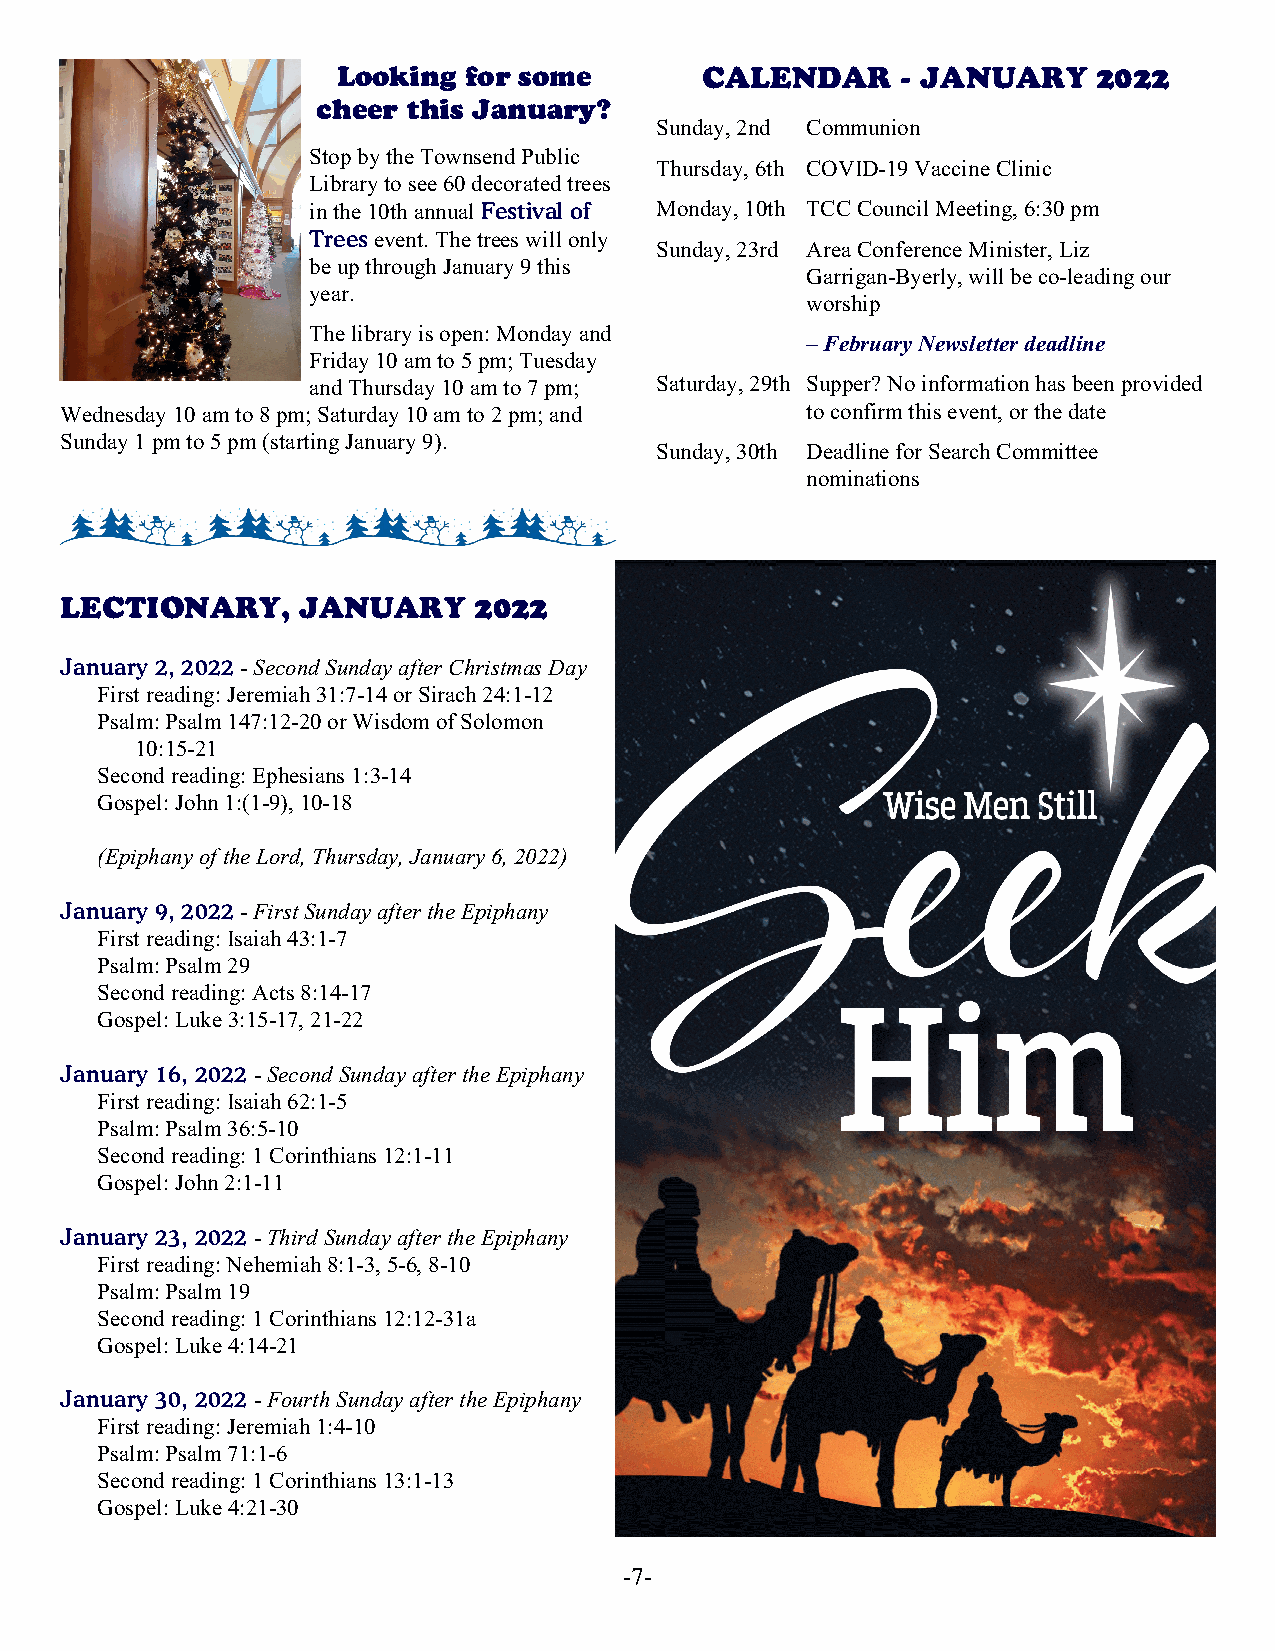
Looking  for some       CALENDAR      - JANUARY    2022
 cheer this January?
 Sunday, 2nd Communion
 Stop by the Townsend Public
 Thursday, 6th COVID-19 Vaccine Clinic
 Library to see 60 decorated trees
 in the 10th annual Festival of Monday, 10th TCC Council Meeting, 6:30 pm
 Trees event. The trees will only
 Sunday, 23rd Area Conference Minister, Liz
 be up through January 9 this
 Garrigan-Byerly, will be co-leading our
 year.
 worship
 The library is open: Monday and
 – February Newsletter deadline
 Friday 10 am to 5 pm; Tuesday
 and Thursday 10 am to 7 pm; Saturday, 29th Supper? No information has been provided
 Wednesday 10 am to 8 pm; Saturday 10 am to 2 pm; and to confirm this event, or the date
 Sunday 1 pm to 5 pm (starting January 9).
 Sunday, 30th Deadline for Search Committee
 nominations
 LECTIONARY,     JANUARY    2022
 January 2, 2022 - Second Sunday after Christmas Day
 First reading: Jeremiah 31:7-14 or Sirach 24:1-12
 Psalm: Psalm 147:12-20 or Wisdom of Solomon
 10:15-21
 Second reading: Ephesians 1:3-14
 Gospel: John 1:(1-9), 10-18
 (Epiphany of the Lord, Thursday, January 6, 2022)
 January 9, 2022 - First Sunday after the Epiphany
 First reading: Isaiah 43:1-7
 Psalm: Psalm 29
 Second reading: Acts 8:14-17
 Gospel: Luke 3:15-17, 21-22
 January 16, 2022 - Second Sunday after the Epiphany
 First reading: Isaiah 62:1-5
 Psalm: Psalm 36:5-10
 Second reading: 1 Corinthians 12:1-11
 Gospel: John 2:1-11
 January 23, 2022 - Third Sunday after the Epiphany
 First reading: Nehemiah 8:1-3, 5-6, 8-10
 Psalm: Psalm 19
 Second reading: 1 Corinthians 12:12-31a
 Gospel: Luke 4:14-21
 January 30, 2022 - Fourth Sunday after the Epiphany
 First reading: Jeremiah 1:4-10
 Psalm: Psalm 71:1-6
 Second reading: 1 Corinthians 13:1-13
 Gospel: Luke 4:21-30
 -7-